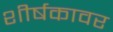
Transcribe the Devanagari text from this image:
शीर्षकावर